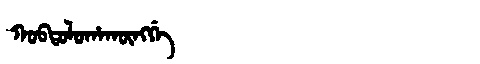
Manchu: ᡴᠣᠪᡨᠣᠯᠣᡥᠠᡴᡡᠩᡤᡝ
Romanization: KOBTOLOHAKŪNGGE